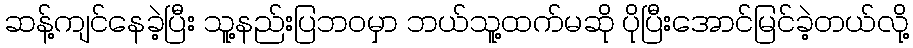
ဆန့်ကျင်နေခဲ့ပြီး သူ့နည်းပြဘဝမှာ ဘယ်သူ့ထက်မဆို ပိုပြီးအောင်မြင်ခဲ့တယ်လို့